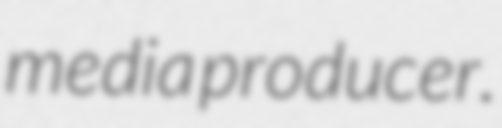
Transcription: media producer.